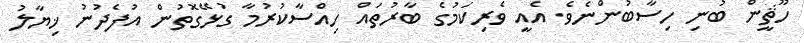
ހޫޘީން ބުނި ހިސާބުންނެވެ. އެއީ ވެރިކަމުގެ ބާރުތައް ހިއްސާކުރުމާ ގުޅޭގޮތުން އުފެދުނު ޚިޔާލު